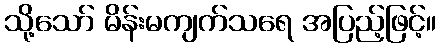
သို့သော် မိန်းမကျက်သရေ အပြည့်ဖြင့်။